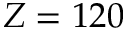
Z = 1 2 0